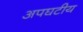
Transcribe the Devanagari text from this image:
अपघटीय